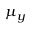
\mu _ { y }